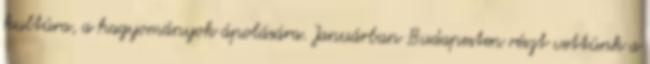
kultúra, a hagyományok ápolására. Januárban Budapesten részt vettünk a